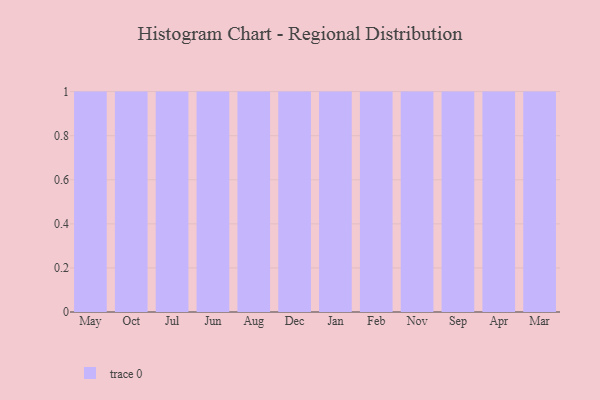
{"axis": {"x": "Month", "y": "Net Income (USD K)"}, "legend": [""], "data": [{"x": "May", "y": 85, "type": ""}, {"x": "Oct", "y": 38, "type": ""}, {"x": "Jul", "y": 69, "type": ""}, {"x": "Jun", "y": 29, "type": ""}, {"x": "Aug", "y": 56, "type": ""}, {"x": "Dec", "y": 27, "type": ""}, {"x": "Jan", "y": 33, "type": ""}, {"x": "Feb", "y": 98, "type": ""}, {"x": "Nov", "y": 34, "type": ""}, {"x": "Sep", "y": 13, "type": ""}, {"x": "Apr", "y": 75, "type": ""}, {"x": "Mar", "y": 69, "type": ""}]}